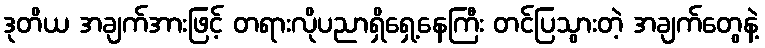
ဒုတိယ အချက်အားဖြင့် တရားလိုပညာရှိရှေ့နေကြီး တင်ပြသွားတဲ့ အချက်တွေနဲ့